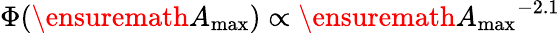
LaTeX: \Phi(\ensuremath{A_{\mathrm{max}}})\propto\ensuremath{A_{\mathrm{max}}}^{-2.1}